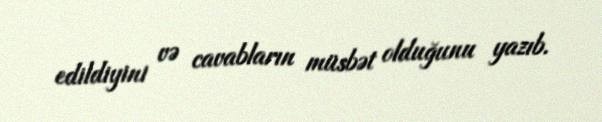
edildiyini və cavabların müsbət olduğunu yazıb.